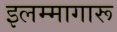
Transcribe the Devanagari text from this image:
इलम्मागारू